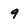
Character: 9